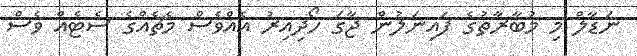
ނަޑާލް މި މުބާރާތުގެ ފައިނަލުން ޖާގަ ހޯދިއިރު އެއްވެސް މެޗެއްގެ ސެޓެއް ވެސް